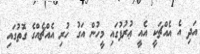
އަދި އެ އެއްޗަކީ އެއީ ޢުރުފުގައި މީހުން އަގު ހުރި އެއްޗެއްގެ ގޮތުގައި